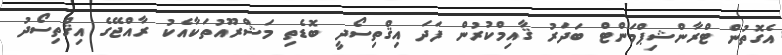
އެގޮތުން ޓްރާންޝިޕްމަންޓް ބަދަރު ޤާއިމްކުރުން ފަދަ އިޤްތިސޯދީ ބޮޑެތި މަޝްރޫއުތަކާއެކު ރާއްޖޭގެ އިޤްތިސޯދު